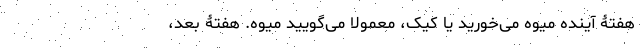
هفتۀ آینده میوه می‌خورید یا کیک، معمولاً می‌گویید میوه. هفتۀ بعد،